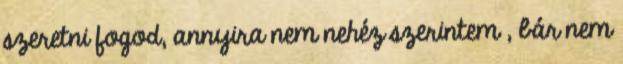
szeretni fogod, annyira nem nehéz szerintem , bár nem